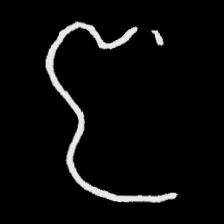
Pyu character \u2014 Myanmar letter: ဇ (romanized: ja)